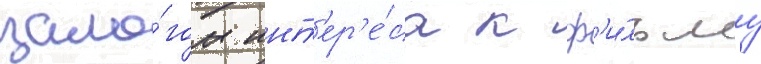
зало́гом инт'ер'е́са к ф'и́льму